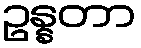
ဥန္နတာ